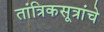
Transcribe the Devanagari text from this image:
तांत्रिकसूत्रांचे